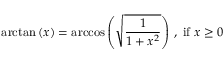
\arctan \left( x \right) = \operatorname { a r c c o s } \left( { \sqrt { \frac { 1 } { 1 + x ^ { 2 } } } } \right) \, , { \mathrm { ~ i f ~ } } x \geq 0